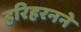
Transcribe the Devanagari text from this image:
हरिहरनने